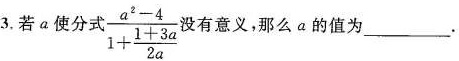
3.若a使分式$$\frac { a ^ { 2 } - 4 } { 1 + \frac { 1 + 3 a } { 2 a } }$$没有意义，那么a的值为___.